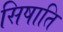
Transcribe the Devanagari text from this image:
सिषाति